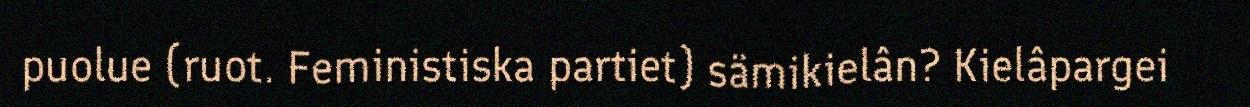
puolue (ruot. Feministiska partiet) sämikielân? Kielâpargei